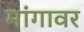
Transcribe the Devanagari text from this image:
मांगावर